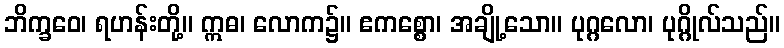
ဘိက္ခဝေ၊ ရဟန်းတို့။ ဣဓ၊ လောက၌။ ဧကစ္စော၊ အချို့သော။ ပုဂ္ဂလော၊ ပုဂ္ဂိုလ်သည်။